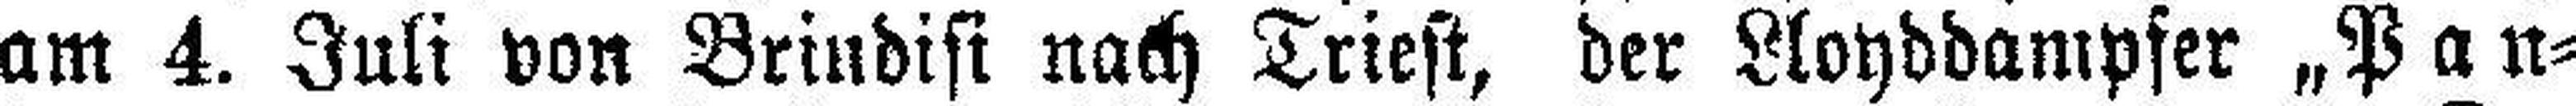
am 4. Juli von Brindisi nach Triest, der Lloyddampfer „Pan¬